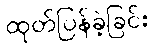
ထုတ်ပြန်ခဲ့ခြင်း